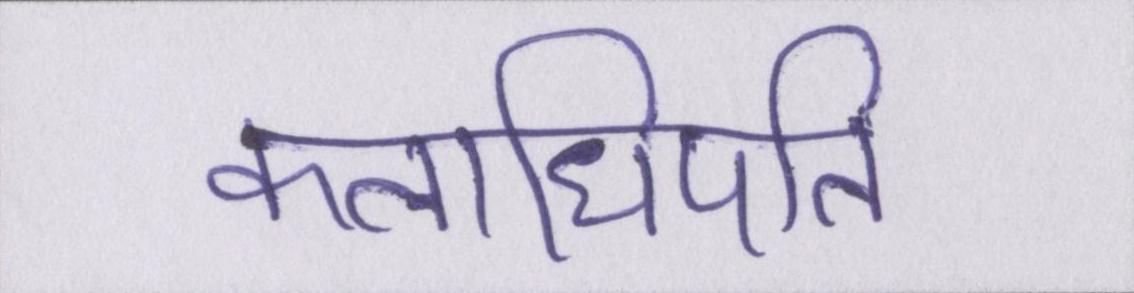
कलाधिपति